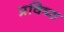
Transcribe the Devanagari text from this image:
प्रविष्‍ठ